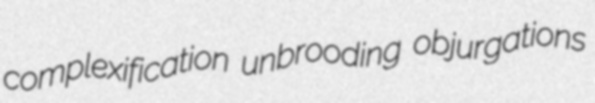
complexification unbrooding objurgations